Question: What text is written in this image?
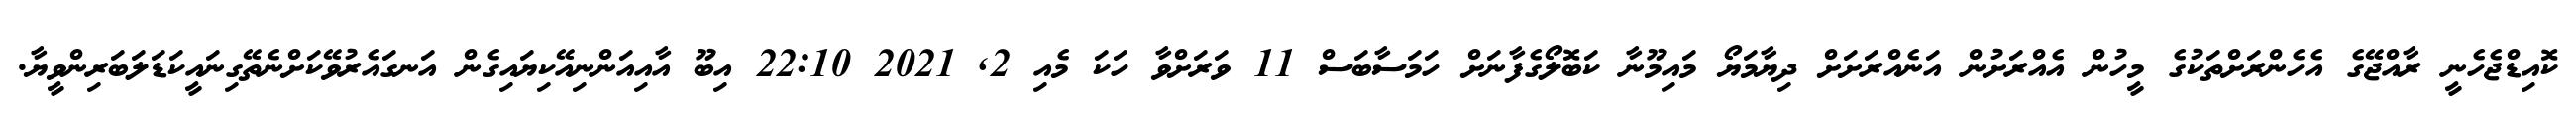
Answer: ކޮއިޑްޖެހެނީ ރާއްޖޭގެ އެހެންރަށްތަކުގެ މީހުން އެއްރަށުން އަނެއްރަށަށް ދިޔާމަޔޯ މައިމޫނާ ކަބޮލޯގެފާނަށް ހަމަސާބަސް 11 ވަރަށްވާ ހަކަ މެއި 2, 2021 22:10 އިބޫ އާއިއަންނިއޭކިޔައިގެން އަނގައެރުވޭކަށްނެތޭގިނައީކަޑަލަބަރިންވީޔާ.